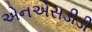
એનએસડીડી